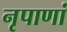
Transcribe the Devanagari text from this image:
नृपाणां